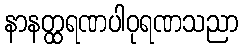
နာနတ္ထရဏပါဝုရဏသညာ